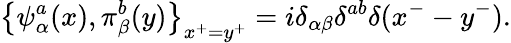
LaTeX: \left\{ \psi_{\alpha}^{a}(x),\pi_{\beta}^{b}(y)\right\} _{x^{+}=y^{+}}=i\delta_{\alpha\beta}\delta^{ab}\delta(x^{-}-y^{-}).